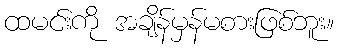
ထမင်းကို အချိန်မှန်မစားဖြစ်ဘူး။